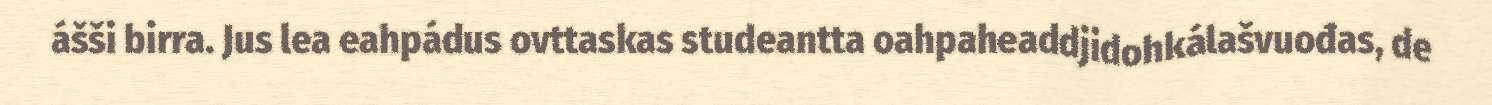
ášši birra. Jus lea eahpádus ovttaskas studeantta oahpaheaddjidohkálašvuođas, de